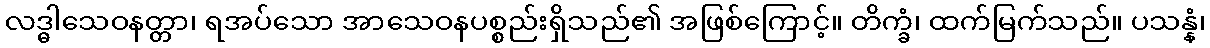
လဒ္ဓါသေဝနတ္တာ၊ ရအပ်သော အာသေဝနပစ္စည်းရှိသည်၏ အဖြစ်ကြောင့်။ တိက္ခံ၊ ထက်မြက်သည်။ ပသန္နံ၊